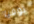
توفيا